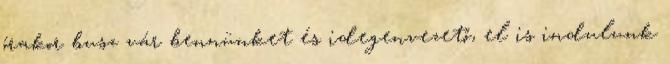
órakor busz vár bennünket és idegenvezető, el is indulunk